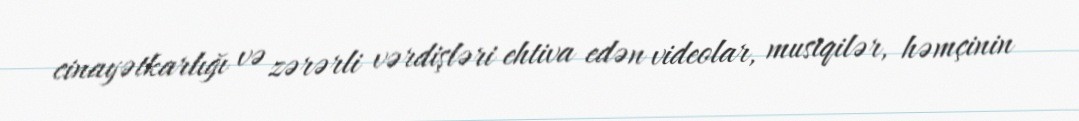
cinayətkarlığı və zərərli vərdişləri ehtiva edən videolar, musiqilər, həmçinin